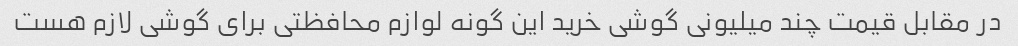
در مقابل قیمت چند میلیونی گوشی خرید این گونه لوازم محافظتی برای گوشی لازم هست